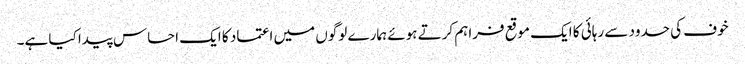
خوف کی حدود سے رہائی کا ایک موقع فراہم کرتے ہوئے ہمارے لوگوں میں اعتماد کا ایک احساس پیدا کیا ہے۔